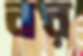
বর